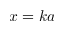
x = k a